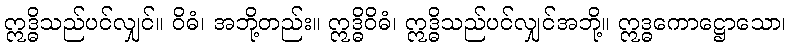
ဣဒ္ဓိသည်ပင်လျှင်။ ဝိဓံ၊ အဘို့တည်း။ ဣဒ္ဓိဝိဓံ၊ ဣဒ္ဓိသည်ပင်လျှင်အဘို့။ ဣဒ္ဓကောဋ္ဌောသော၊